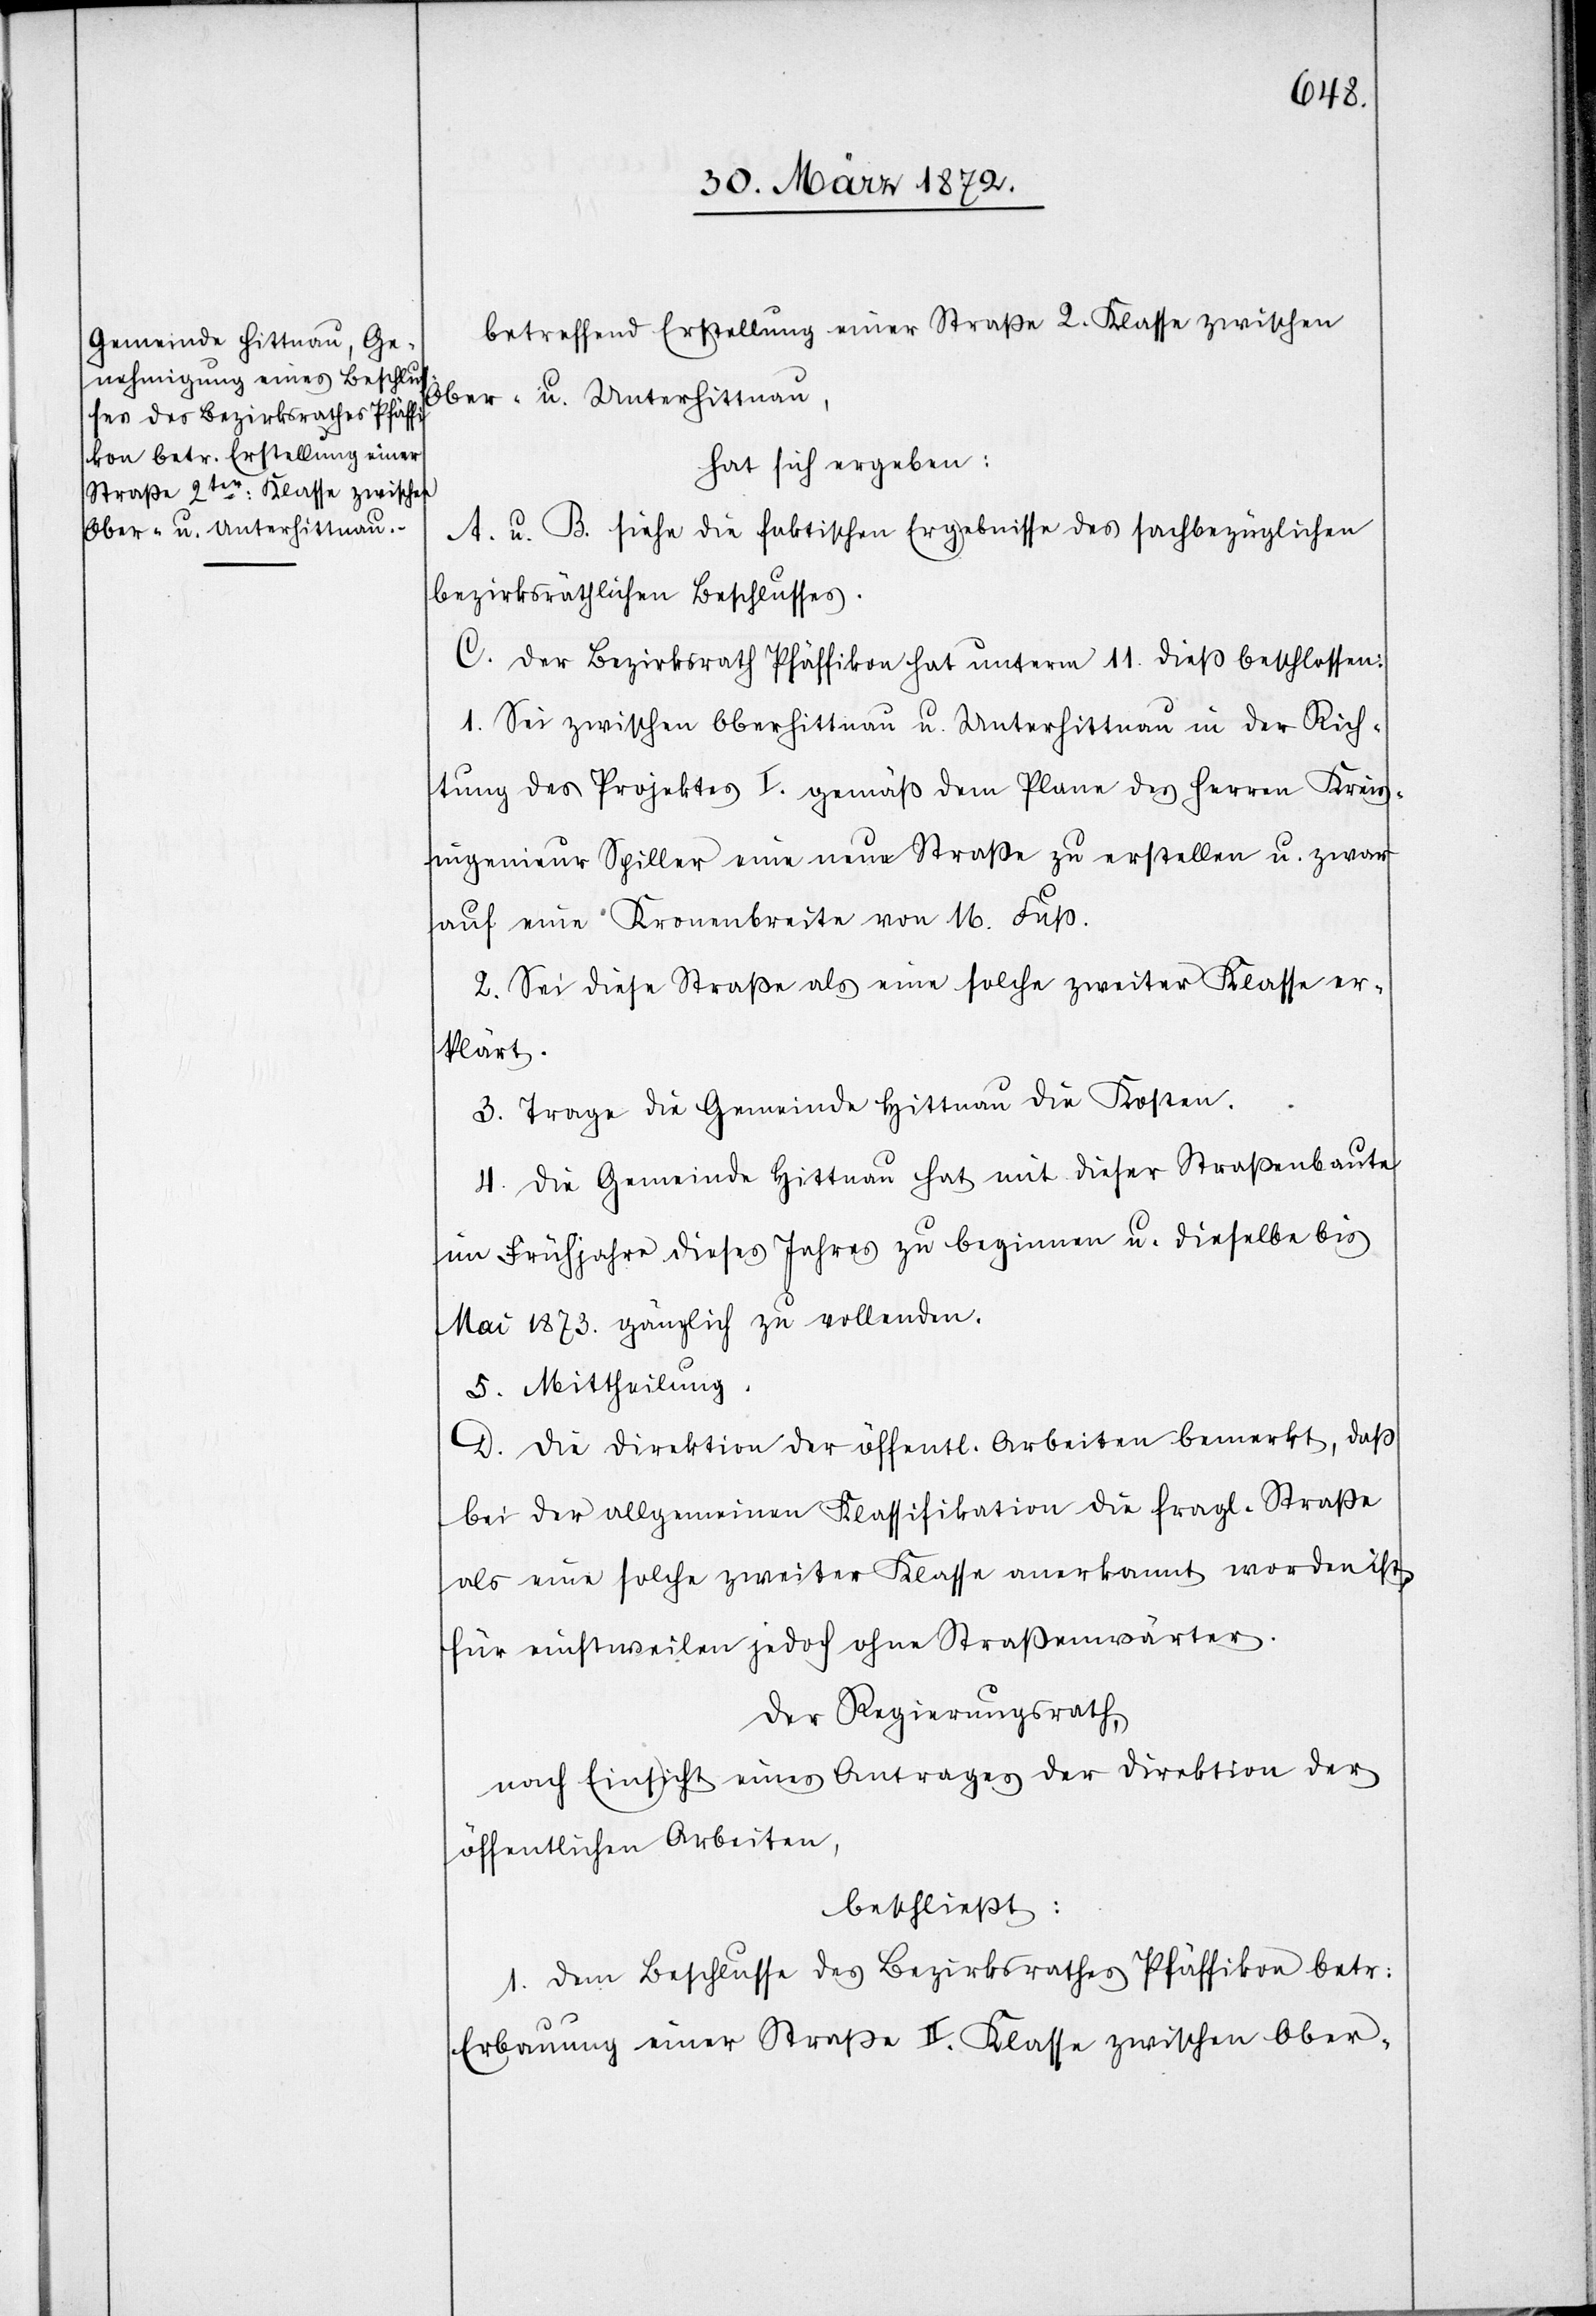
Ober- u. Unterhittnau,

betreffend Erstellung einer Straße 2. Klasse zwischen
hat sich ergeben:
A. u. B. siehe die faktischen Ergebnisse des sachbezüglichen
bezirksräthlichen Beschlusses.
C. Der Bezirksrath Pfäffikon hat unterm 11. dieß beschlossen:
1. Sei zwischen Oberhittnau u. Unterhittnau in der Rich¬
tung des Projektes I. gemäß dem Plane des Herren Krei¬
singenieur Spiller eine neue Straße zu erstellen u. zwar
auf eine Kronenbreite von 16. Fuß.
2. Sei diese Straße als eine solche zweiter Klasse er¬
klärt.
3. Trage die Gemeinde Hittnau die Kosten.
4. Die Gemeinde Hittnau hat mit dieser Straßenbaute
im Frühjahr dieses Jahres zu beginnen u. dieselbe bis
Mai 1873. gänzlich zu vollenden.
5. Mittheilung.
D. Die Direktion der öffentl. Arbeiten bemerkt, daß
bei der allgemeinen Klassifikation die fragl. Straße
als eine solche zweiter Klasse anerkannt worden ist,
für einstweilen jedoch ohne Straßenwärter.
Der Regierungsrath,
nach Einsicht eines Antrages der Direktion der
öffentlichen Arbeiten,
beschließt:
1. Dem Beschlusse des Bezirksrathes Pfäffikon betr:
Erbauung einer Straße II. Klasse zwischen Ober-